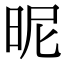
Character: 昵